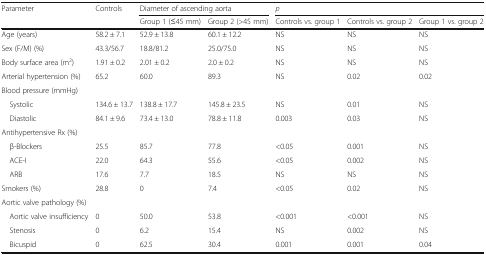
<table><thead><tr><td rowspan="2"><b>Parameter</b></td><td rowspan="2"><b>Controls</b></td><td colspan="2"><b>Diameter of ascending aorta</b></td><td colspan="3"><b><i>p</i></b></td></tr><tr><td><b>Group 1 (≤45 mm)</b></td><td><b>Group 2 (&gt;45 mm)</b></td><td><b>Controls vs. group 1</b></td><td><b>Controls vs. group 2</b></td><td><b>Group 1 vs. group 2</b></td></tr></thead><tbody><tr><td>Age (years)</td><td>58.2 ± 7.1</td><td>52.9 ± 13.8</td><td>60.1 ± 12.2</td><td>NS</td><td>NS</td><td>NS</td></tr><tr><td>Sex (F/M) (%)</td><td>43.3/56.7</td><td>18.8/81.2</td><td>25.0/75.0</td><td>NS</td><td>NS</td><td>NS</td></tr><tr><td>Body surface area (m<sup>2</sup>)</td><td>1.91 ± 0.2</td><td>2.01 ± 0.2</td><td>2.0 ± 0.2</td><td>NS</td><td>NS</td><td>NS</td></tr><tr><td>Arterial hypertension (%)</td><td>65.2</td><td>60.0</td><td>89.3</td><td>NS</td><td>0.02</td><td>0.02</td></tr><tr><td colspan="7">Blood pressure (mmHg)</td></tr><tr><td> Systolic</td><td>134.6 ± 13.7</td><td>138.8 ± 17.7</td><td>145.8 ± 23.5</td><td>NS</td><td>0.01</td><td>NS</td></tr><tr><td> Diastolic</td><td>84.1 ± 9.6</td><td>73.4 ± 13.0</td><td>78.8 ± 11.8</td><td>0.003</td><td>0.03</td><td>NS</td></tr><tr><td colspan="7">Antihypertensive Rx (%)</td></tr><tr><td> β-Blockers</td><td>25.5</td><td>85.7</td><td>77.8</td><td>&lt;0.05</td><td>0.001</td><td>NS</td></tr><tr><td> ACE-I</td><td>22.0</td><td>64.3</td><td>55.6</td><td>&lt;0.05</td><td>0.002</td><td>NS</td></tr><tr><td> ARB</td><td>17.6</td><td>7.7</td><td>18.5</td><td>NS</td><td>NS</td><td>NS</td></tr><tr><td>Smokers (%)</td><td>28.8</td><td>0</td><td>7.4</td><td>&lt;0.05</td><td>0.02</td><td>NS</td></tr><tr><td colspan="7">Aortic valve pathology (%)</td></tr><tr><td> Aortic valve insufficiency</td><td>0</td><td>50.0</td><td>53.8</td><td>&lt;0.001</td><td>&lt;0.001</td><td>NS</td></tr><tr><td> Stenosis</td><td>0</td><td>6.2</td><td>15.4</td><td>NS</td><td>0.002</td><td>NS</td></tr><tr><td> Bicuspid</td><td>0</td><td>62.5</td><td>30.4</td><td>0.001</td><td>0.001</td><td>0.04</td></tr></tbody></table>